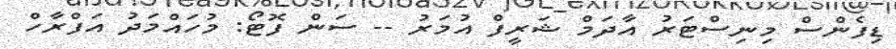
ޑިފެންސް މިނިސްޓަރު އާދަމް ޝަރީފް އުމަރު -- ސަން ފޮޓޯ: މުހައްމަދު އަފްރާހް